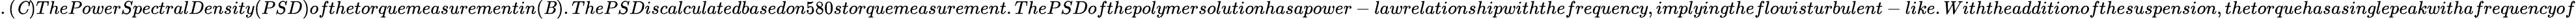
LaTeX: .({\mathit C})ThePowerSpectralDensity(PSD)ofthetorquemeasurementin({\mathit B}).{ThePSDiscalculatedbasedon580storquemeasurement}.ThePSDofthepolymersolutionhasapower-lawrelationshipwiththefrequency,implyingtheflowisturbulent-like.Withtheadditionofthesuspension,thetorquehasasinglepeakwithafrequencyof